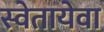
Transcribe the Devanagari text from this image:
स्वेतायेवा